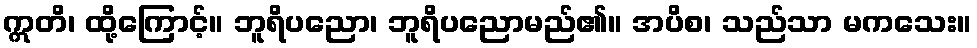
ဣတိ၊ ထို့ကြောင့်။ ဘူရိပညော၊ ဘူရိပညောမည်၏။ အပိစ၊ သည်သာ မကသေး။